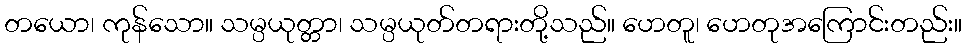
တယော၊ ကုန်သော။ သမ္ပယုတ္တာ၊ သမ္ပယုတ်တရားတို့သည်။ ဟေတူ၊ ဟေတုအကြောင်းတည်း။